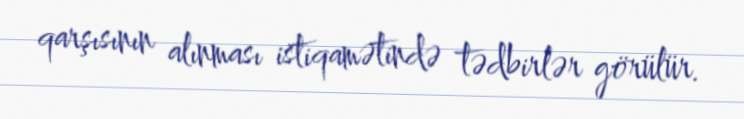
qarşısının alınması istiqamətində tədbirlər görülür.